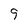
Character: 9